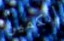
الكمين